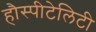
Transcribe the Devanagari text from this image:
हौस्पीटेलिटी